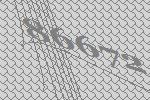
86672